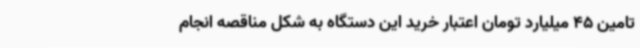
تامین 45 میلیارد تومان اعتبار خرید این دستگاه به شکل مناقصه انجام